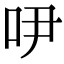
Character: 吚